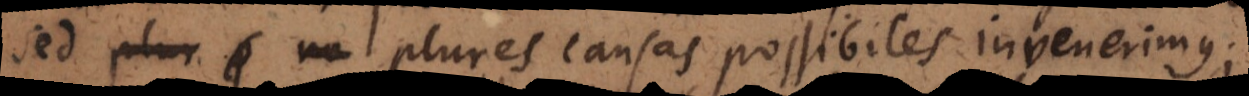
sed plures causas possibiles invenerimus;